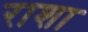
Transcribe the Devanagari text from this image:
राशा